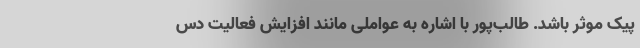
پیک موثر باشد. طالب‌پور با اشاره به عواملی مانند افزایش فعالیت دس